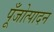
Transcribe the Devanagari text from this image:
पूँजोत्पादन